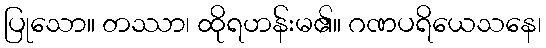
ပြုသော။ တဿာ၊ ထိုရဟန်းမ၏။ ဂဏပရိယေသနေ၊